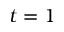
t = 1